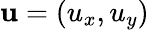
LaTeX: \mathbf{u}=(u_{x},u_{y})